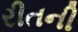
રીતની